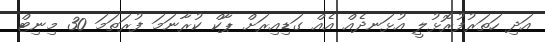
އަދި ހަތަރުފުރޮޅުލީ އުޅަނދެއް އެއް ގަޑިއިރަށް ޕާކް ކުރާނަމަ ފުރަތަމަ 30 މިނިޓް